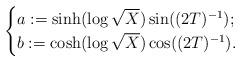
LaTeX: \begin{align*}\begin{cases}a:=\sinh(\log\sqrt{X})\sin((2T)^{-1});\\b:=\cosh(\log\sqrt{X})\cos((2T)^{-1}).\end{cases}\end{align*}